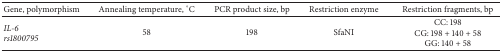
<table><thead><tr><td><b>Gene, polymorphism</b></td><td><b>Annealing temperature, °C</b></td><td><b>PCR product size, bp</b></td><td><b>Restriction enzyme</b></td><td><b>Restriction fragments, bp</b></td></tr></thead><tbody><tr><td><i>IL-6</i> <i>rs1800795 </i></td><td>58</td><td>198</td><td>SfaNI</td><td>CC: 198CG: 198 + 140 + 58GG: 140 + 58</td></tr></tbody></table>